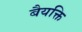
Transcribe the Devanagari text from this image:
बैयक्ति